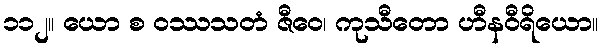
၁၁၂။ ယော စ ဝဿသတံ ဇီဝေ၊ ကုသီတော ဟီနဝီရိယော။